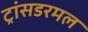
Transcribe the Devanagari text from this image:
ट्रांसडरमल